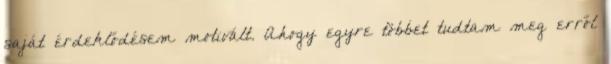
saját érdeklődésem motivált. Ahogy egyre többet tudtam meg erről